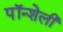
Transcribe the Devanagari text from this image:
पॉन्शेली